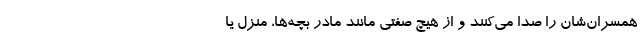
همسران‌شان را صدا می‌کنند و از هیچ صفتی مانند مادر بچه‌ها، منزل یا